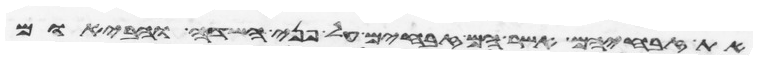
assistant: את זבחיהם אשר הם זבחים על פני השדה והבאום